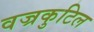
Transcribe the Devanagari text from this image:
वज्रकुटिल